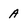
Character: A